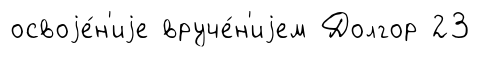
освоjе́н'иjе вруче́н'иjем Долгор 23